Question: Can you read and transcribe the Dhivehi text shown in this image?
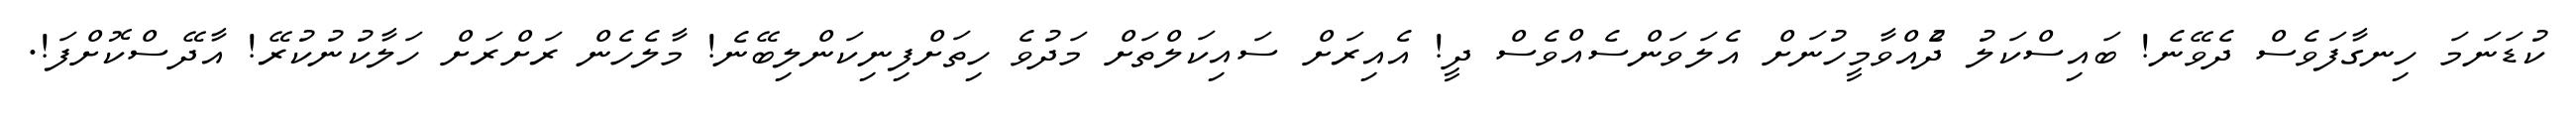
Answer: ކުޑަނަމަ ހިނގާފަވެސް ދެވޭނެ! ބައިސްކަލު ދުެއްވާމީހުނަށް އެލަވަންސެއްވެސް ދީ! އެއިރަށް ސައިކަލްތަށް މަދުވެ ހިތަށްފިނިކަންލިބޭނެ! މާލެހެން ރަށްރަށް ހަލާކުނުކުރޭ! އާދޭސްކޮށްފަ!.